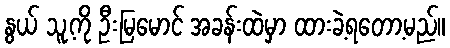
နွယ် သူ့ကို ဦးမြမောင် အခန်းထဲမှာ ထားခဲ့ရတော့မည်။